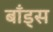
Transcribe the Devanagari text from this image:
बाँड्स